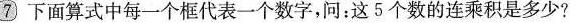
7下面算式中每一个框代表一个数字，问：这5个数的连乘积是多少?